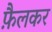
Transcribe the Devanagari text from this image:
फ़ैलकर